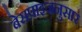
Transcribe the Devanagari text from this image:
बेसप्राइजनुसार